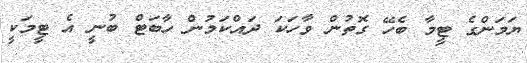
ޔަމަންގެ ޓީމާ ބެހޭ ގޮތުން ވާހަކަ ދައްކަމުން ހާބަޓް ބުނީ އެ ޓީމަކީ